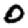
Digit: 0